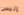
إلبس